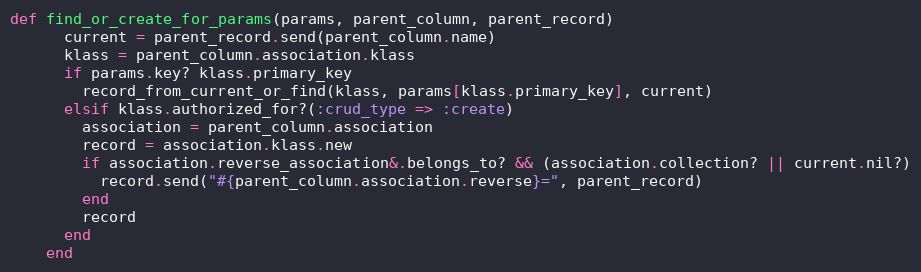
Language: Ruby
def find_or_create_for_params(params, parent_column, parent_record)
      current = parent_record.send(parent_column.name)
      klass = parent_column.association.klass
      if params.key? klass.primary_key
        record_from_current_or_find(klass, params[klass.primary_key], current)
      elsif klass.authorized_for?(:crud_type => :create)
        association = parent_column.association
        record = association.klass.new
        if association.reverse_association&.belongs_to? && (association.collection? || current.nil?)
          record.send("#{parent_column.association.reverse}=", parent_record)
        end
        record
      end
    end